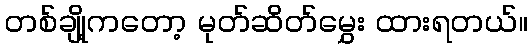
တစ်ချို့ကတော့ မုတ်ဆိတ်မွှေး ထားရတယ်။